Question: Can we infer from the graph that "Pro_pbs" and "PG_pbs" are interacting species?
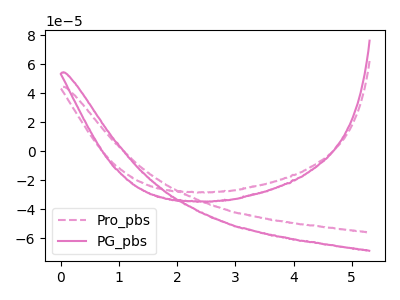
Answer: <think>The pink dashed curve "Pro_pbs" has no peaks. The pink curve "PG_pbs" has no peaks.
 Neither "Pro_pbs" or "PG_pbs" have any peaks.</think>
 <answer>No, "Pro_pbs" and "PG_pbs" don't appear to be significantly different in shape</answer>
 <eval>no_change</eval>